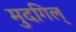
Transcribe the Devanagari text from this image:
मुदगिल्